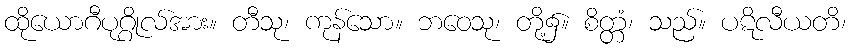
ထိုယောဂီပုဂ္ဂိုလ်အား။ တီသု၊ ကုန်သော။ ဘဝေသု၊ တို့၌။ စိတ္တံ၊ သည်။ ပဋိလီယတိ၊